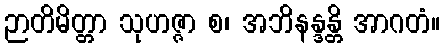
ဉာတိမိတ္တာ သုဟဇ္ဇာ စ၊ အဘိနန္ဒန္တိ အာဂတံ။